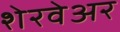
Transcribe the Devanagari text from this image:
शेरवेअर